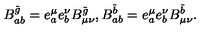
B _ { a b } ^ { \tilde { g } } = e _ { a } ^ { \mu } e _ { b } ^ { \nu } B _ { \mu \nu } ^ { \tilde { g } } , B _ { a b } ^ { \tilde { b } } = e _ { a } ^ { \mu } e _ { b } ^ { \nu } B _ { \mu \nu } ^ { \tilde { b } } .